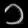
Digit: ၁